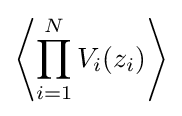
\left\langle \prod _{i=1}^{N}V_{i}(z_{i})\right\rangle